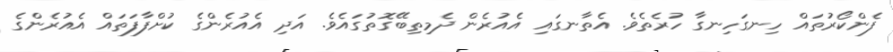
ފެންކޯރުތައް ހިނގަހިނގާ ހުރެތެވެ. އެތާނގައި އެއުރެން ދެމިތިބޭގޮތުގައެވެ. އަދި އެއުރެންގެ ކުށްފާފަތައް އެއުރެންގެ